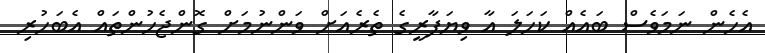
އެހެން ނަމަވެސް ބައެއް ކަހަލަ އާ ވިޔަފާރީގެ ތެރެއަށް ވަންނުމަށް ގޮންޖެހުންތައް އެބަހުރި